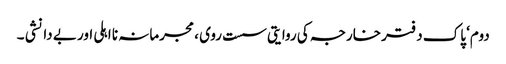
دوم‘ پاک دفتر خارجہ کی روایتی سست روی ، مجرمانہ نا اہلی اور بے دانشی ۔